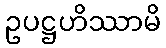
ဥပဋ္ဌဟိဿာမိ